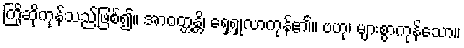
ကြိုဆိုကုန်သည်ဖြစ်၍။ အာဝတ္တန္တိ၊ ရှေ့ရှုလာကုန်၏။ ဗဟု၊ များစွာကုန်သော။